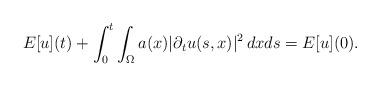
LaTeX: \begin{align*} E[u](t) + \int_0^t \int_{\Omega} a(x) |\partial_t u(s,x)|^2 \,dxds &= E[u](0).\end{align*}